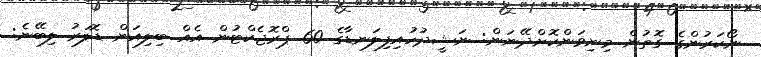
ނޯކަރުންގެ ގޮތުން މިނިވަންކޮށްދޭނަން: ނަޝީދުހުއިފިލަނޑާގެ 60 ޕްރޮޖެކްޓުން އެއް ބިލިއަން ޑޮލަރު ލިބޭނެ: